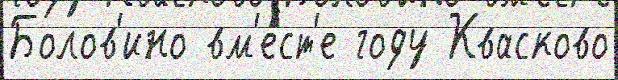
Болов'ино вм'е́ст'е году Квасково